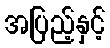
အပြည့်နှင့်